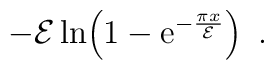
-{\cal E}\,{\mathrm{ln}}\!\left(1-{\mathrm e}^{-{\pi x\over{\cal E}}}\right)\ .